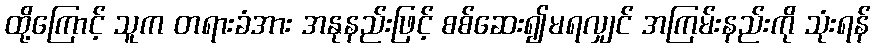
ထို့ကြောင့် သူက တရားခံအား အနုနည်းဖြင့် စစ်ဆေး၍မရလျှင် အကြမ်းနည်းကို သုံးရန်